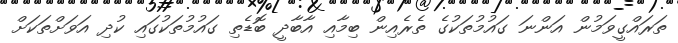
ތަރައްގީވަމުން އަންނަ ގައުމުތަކުގެ ތެރެއިން ބިމާއި އާބާދީ ބޮޑެތި ގައުމުތަކުގައި ކުދި އަވަށްތަކަށް